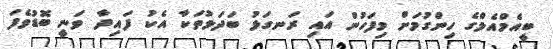
ބީއެމްއެލްގެ ހިންގުމަށް މިފަހުން އައި ރަނގަޅު ބަދަލުތަކާ އެކު ފައިދާ ވަނީ ބޮޑުވެފަ